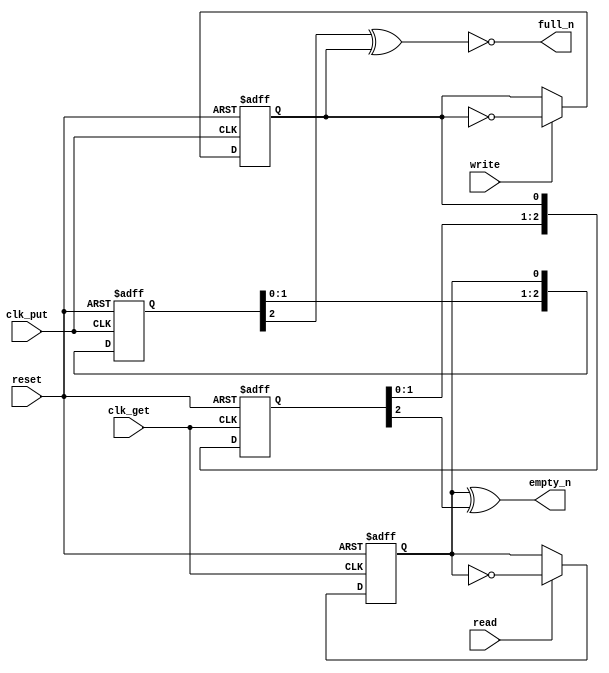
////////////////////////////////////////////////////////////////////////////////////
// Copyright (c) 2016, University of British Columbia (UBC)  All rights reserved. //
//                                                                                //
// Redistribution  and  use  in  source   and  binary  forms,   with  or  without //
// modification,  are permitted  provided that  the following conditions are met: //
//   * Redistributions   of  source   code  must  retain   the   above  copyright //
//     notice,  this   list   of   conditions   and   the  following  disclaimer. //
//   * Redistributions  in  binary  form  must  reproduce  the  above   copyright //
//     notice, this  list  of  conditions  and the  following  disclaimer in  the //
//     documentation and/or  other  materials  provided  with  the  distribution. //
//   * Neither the name of the University of British Columbia (UBC) nor the names //
//     of   its   contributors  may  be  used  to  endorse  or   promote products //
//     derived from  this  software without  specific  prior  written permission. //
//                                                                                //
// THIS  SOFTWARE IS  PROVIDED  BY THE COPYRIGHT HOLDERS AND CONTRIBUTORS "AS IS" //
// AND  ANY EXPRESS  OR IMPLIED WARRANTIES,  INCLUDING,  BUT NOT LIMITED TO,  THE //
// IMPLIED WARRANTIES OF MERCHANTABILITY AND FITNESS FOR A PARTICULAR PURPOSE ARE //
// DISCLAIMED.  IN NO  EVENT SHALL University of British Columbia (UBC) BE LIABLE //
// FOR ANY DIRECT,  INDIRECT,  INCIDENTAL,  SPECIAL,  EXEMPLARY, OR CONSEQUENTIAL //
// DAMAGES  (INCLUDING,  BUT NOT LIMITED TO,  PROCUREMENT OF  SUBSTITUTE GOODS OR //
// SERVICES;  LOSS OF USE,  DATA,  OR PROFITS;  OR BUSINESS INTERRUPTION) HOWEVER //
// CAUSED AND ON ANY THEORY OF LIABILITY,  WHETHER IN CONTRACT, STRICT LIABILITY, //
// OR TORT  (INCLUDING NEGLIGENCE OR OTHERWISE) ARISING IN ANY WAY OUT OF THE USE //
// OF  THIS SOFTWARE,  EVEN  IF  ADVISED  OF  THE  POSSIBILITY  OF  SUCH  DAMAGE. //
////////////////////////////////////////////////////////////////////////////////////

////////////////////////////////////////////////////////////////////////////////////
//  clkd2clkd_full_empty_ctrl.v: clkd -> clkd stage full/empty controller module  //
//  Cell-based Mixed FIFOs :: University of British Columbia  (UBC) :: July 2016  //
////////////////////////////////////////////////////////////////////////////////////

/////////////////////////////////////////////////////////////////////////////////////
//                                                                                 //
// clk_  .---------------------.                                                   //
// get   |              _____  |   _____    _____        _____                     //
// >-----|-+--------.  |     | |  |     |  |     |      |     |                    //
// reset | |        '->|CL+  | '->|CLK--|->|CLK--|-...->|CLK  |                    //
// >---+-|-|--------.  |     |    |     |  |     |      |     |                    //
// read| | |     __ '->|RST--|--->|RST--|->|RST--|-...->|RST  | read_              //
// >---|-|-|---\\ X\   |     |    |     |  |     |      |     | r_sync  ___        //
//     | | |    ))OR)->|D   Q|-+->|D   Q|->|D   Q|-...->|D   Q|--------\\XN\full_n //
//     | | | .-//__/   |   _ | |  |   _ |  |   _ |      |   _ |         ))OR)O---> //
//     | | | |         | _/  | |  | _/  |  | _/  |      | _/  |      .-//__/       //
//     | | | |         |_____| |  |_____|  |_____|      |_____|      |             //
//     | | | |                 |                                     |             //
//     | | | |                 |read_r                               |             //
//     | | | '-----------------+-----------------------------------. |             //
//     | | |                                                       | |             //
//     | | '-------------------.                                   | |             //
// clk_| |              _____  |   _____    _____        _____     | |             //
// >---|-+----------.  |     | |  |     |  |     |      |     |    | |             //
// put |            '->|CLK  | '->|CLK--|->|CLK--|-...->|CLK  |    | |             //
//     '------------.  |     |    |     |  |     |      |     |    | |  ___        //
// write         __ '->|RST--|--->|RST--|->|RST--|-...->|RST  |    '-|-\\X \empty_n//
// >-----------\\ X\   |     |    |     |  |     |      |     |write |  ))OR)----> //
//              ))OR)->|D   Q|-+->|D   Q|->|D   Q|-...->|D   Q|------|-//__/       //
//           .-//__/   |   _ | |  |   _ |  |   _ |      |   _ |r_sync|             //
//           |         | _/  | |  | _/  |  | _/  |      | _/  |      |             //
//           |         |_____| |  |_____|  |_____|      |_____|      |             //
//           |                 |                                     |             //
//           |                 |write_r                              |             //
//           '-----------------+-------------------------------------'             //
//                                                                                 //
/////////////////////////////////////////////////////////////////////////////////////

/////////////////////////////////////////////////////////////////////////////////////
//                                                                                 //
// >-------------------+------------+------------.            .------------------< //
// clk_put             |            |            |            |            clk_get //
//                   __V__        __V__        __V__        __V__                  //
//                  | CLK |      | CLK |      | CLK |      | CLK |                 //
//      read_r_sync |     |      |     |      |     |      |     |    ___          //
//         ___      |     |      |     |      |     |      |     |   /X //-------< //
// full_n /XN//---->|Q   D|<-...-|Q   D|<-----|Q   D|<--+--|Q   D|<-(OR((     read //
// <----O(OR((      |   _ |      |   _ |      |   _ |   |  |   _ |   \__\\-.       //
//        \__\\--.  | _/  |      | _/  |      | _/  |   |  | _/  |         |       //
//               |  |_RST_|      |_RST_|      |_RST_|   |  |_RST_|         |       //
//               |     |            |            |      |     |            |       //
//               |     |            |            |      '-----|-----+------'       //
// rst           |     |            |            |            |     |              //
// >-------------|-----+------------+------------+------------+     |              // 
//               |     |            |            |            |     |              //
//        .------+-----|-----.      |            |            |     |              //
//        |          __|__   |    __|__        __|__        __|__   |              //
//        |         | RST |  |   | RST |      | RST |      | RST |  |  ___         //
//        |   __    |     |  |   |     |      |     |      |     |  '-\\X \empty_n //
//        '-\\ X\   |     |  |   |     |      |     |      |     |     ))OR)-----> //
// write     ))OR)->|D   Q|--+-->|D   Q|----->|D   Q|-...->|D   Q|----//__/        //
// >--------//__/   |   _ |      |   _ |      |   _ |      |   _ |write_r_sync     //
//                  | _/  |      | _/  |      | _/  |      | _/  |                 //
//                  |_CLK_|      |_CLK_|      |_CLK_|      |_CLK_|                 //
//                     A          A              A            A                    //
// clk_put             |          |              |            |            clk_put //
// >-------------------'          '--------------+------------+------------------< //
//                                                                                 //
/////////////////////////////////////////////////////////////////////////////////////


module clkd2clkd_full_empty_ctrl
  #( parameter SYNCD = 3 )  // brute-force synchronizer depth
   ( input     reset     ,  // global reset
     input     clk_get   ,  // clock for receiver domain
     input     clk_put   ,  // clock for sender domain
     input     write     ,  // record write
     output    empty_n   ,  // fifo is empty (inverted)
     input     read      ,  // record read
     output    full_n    ); // fifo is full (inverted)

  // local wires/regs
  reg             read_r      ;
  reg             write_r     ;
  reg [SYNCD-1:0] write_r_sync;
  reg [SYNCD-1:0] read_r_sync ;
  
  // read flop
  always@(posedge clk_get or posedge reset)
    if (reset) read_r <= 1'b0                   ;
    else       read_r <= read ? ~read_r : read_r;
  
  // write flop
  always@(posedge clk_put or posedge reset)
    if (reset) write_r <= 1'b0                      ;
    else       write_r <= write ? ~write_r : write_r;

  // synchronize write flops into read clock domain
  always@(posedge clk_get or posedge reset)
    if (reset) write_r_sync <= {SYNCD{1'b0}                    };
    else       write_r_sync <= {write_r_sync[SYNCD-2:0],write_r};

  // synchronize read flops into write clock domain
  always@(posedge clk_put or posedge reset)
    if (reset) read_r_sync <= {SYNCD{1'b0}                  };
    else       read_r_sync <= {read_r_sync[SYNCD-2:0],read_r};  
  
  // assign outputs
  assign empty_n =  (read_r               ^ write_r_sync[SYNCD-1]);
  assign full_n  = !(read_r_sync[SYNCD-1] ^ write_r              );
   
endmodule // clkd2clkd_full_empty_ctrl